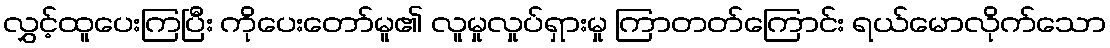
လွှင့်ထူပေးကြပြီး ကိုပေးတော်မူ၏ လူမှုလှုပ်ရှားမှု ကြာတတ်ကြောင်း ရယ်မောလိုက်သော